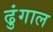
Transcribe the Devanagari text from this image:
ढुंगाल